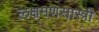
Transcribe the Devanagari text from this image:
लक्षमणसास्त्री